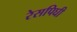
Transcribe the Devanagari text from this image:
रेसपिघी